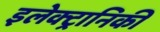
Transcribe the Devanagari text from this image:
इलेक्‍ट्रानिकी